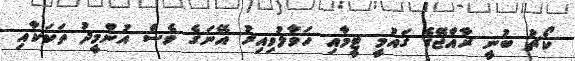
ކޯޗު ބުނީ ރާއްޖޭގެ ގައުމީ ޓީމާއި ހަވާލުވިއިރު އޭނަގެ ވެސް އުންމީދު ތަކަކާއި